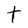
Character: t